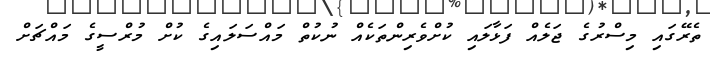
ތެރޭގައި މިސްރުގެ ޖަލެއް ފަޅާލައި ކުށްވެރިންތަކެއް ނުކުތް މައްސަލައިގެ ކުށް މުރްސީގެ މައްޗަށް